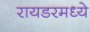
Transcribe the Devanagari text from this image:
रायडरमध्ये